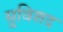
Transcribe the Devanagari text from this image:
सुविशद